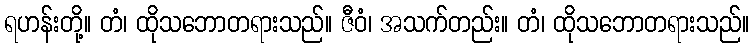
ရဟန်းတို့။ တံ၊ ထိုသဘောတရားသည်။ ဇီဝံ၊ အသက်တည်း။ တံ၊ ထိုသဘောတရားသည်။